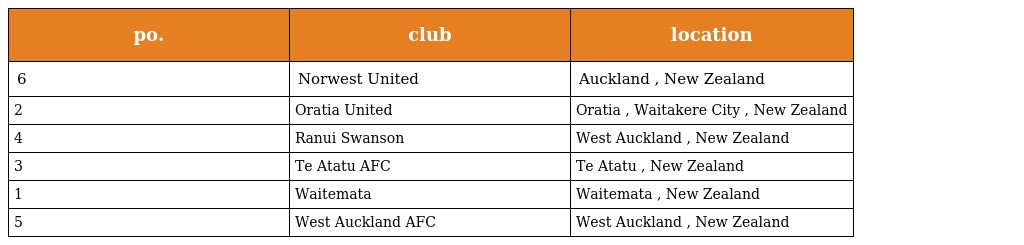
| po. | club | location |
 | --- | --- | --- |
 | 6 | Norwest United | Auckland , New Zealand |
 | 2 | Oratia United | Oratia , Waitakere City , New Zealand |
 | 4 | Ranui Swanson | West Auckland , New Zealand |
 | 3 | Te Atatu AFC | Te Atatu , New Zealand |
 | 1 | Waitemata | Waitemata , New Zealand |
 | 5 | West Auckland AFC | West Auckland , New Zealand |